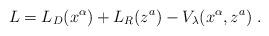
LaTeX: \begin{align*}L=L_{D}(x^{\alpha })+L_{R}(z^{a})-V_{\lambda }(x^{\alpha },z^{a})\;.\end{align*}